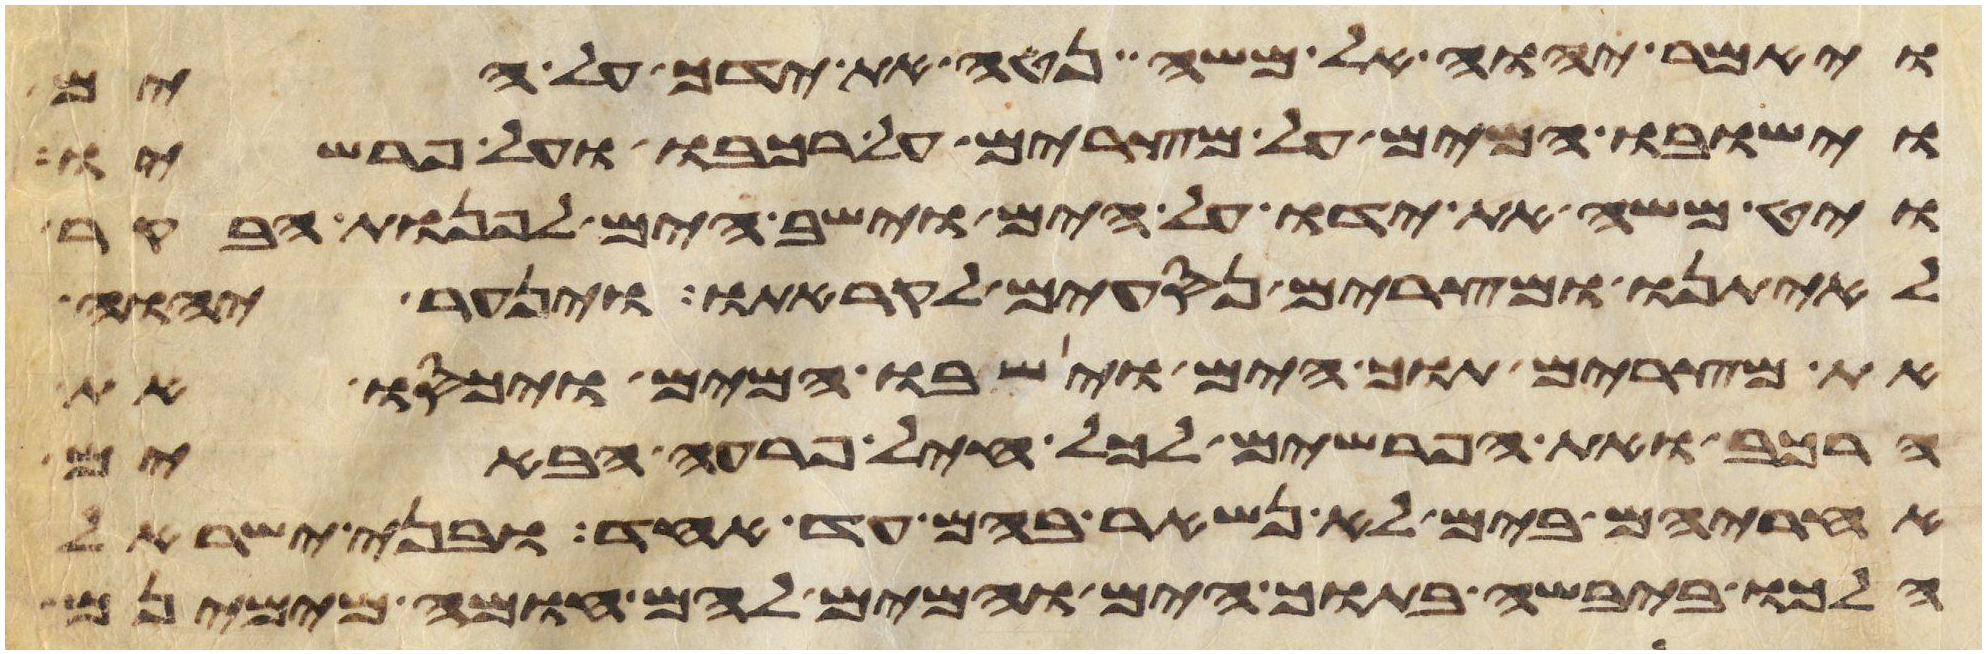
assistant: ויאמר יהוה אל משה נטה את ידך על הים
וישובו המים על מצרים על רכבו ועל פרשיו
ויט משה את ידו על הים וישב הים לפנות הבקר
לאיתנו ומצרים נסעים לקראתו וינער יהוה
את מצרים תוך הים וישובו המים ויכסו את
הרכב ואת הפרשים לכל חיל פרעה הבאים
אחריהם בים לא נשאר בהם עד אחד ובני ישראל
הלכו ביבשה בתוך הים והמים להם חומה מימינם